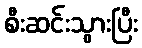
စီးဆင်းသွားပြီး